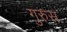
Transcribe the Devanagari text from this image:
गुरुस